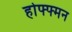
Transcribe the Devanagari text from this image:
होफ्फ्मन